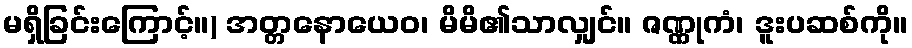
မရှိခြင်းကြောင့်။) အတ္တနောယေဝ၊ မိမိ၏သာလျှင်။ ဇဏ္ဏုကံ၊ ဒူးပဆစ်ကို။